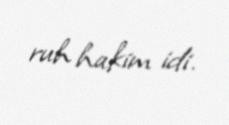
ruh hakim idi.